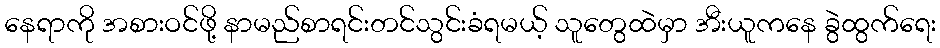
နေရာကို အစားဝင်ဖို့ နာမည်စာရင်းတင်သွင်းခံရမယ့် သူတွေထဲမှာ အီးယူကနေ ခွဲထွက်ရေး